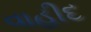
વાહીદ